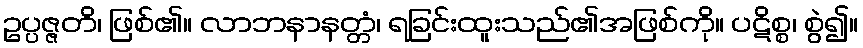
ဥပ္ပဇ္ဇတိ၊ ဖြစ်၏။ လာဘနာနတ္တံ၊ ရခြင်းထူးသည်၏အဖြစ်ကို။ ပဋိစ္စ၊ စွဲ၍။